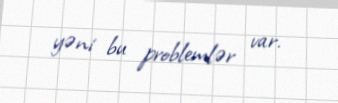
yəni bu problemlər var.